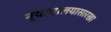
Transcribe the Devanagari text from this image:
न्यायालयासारखा